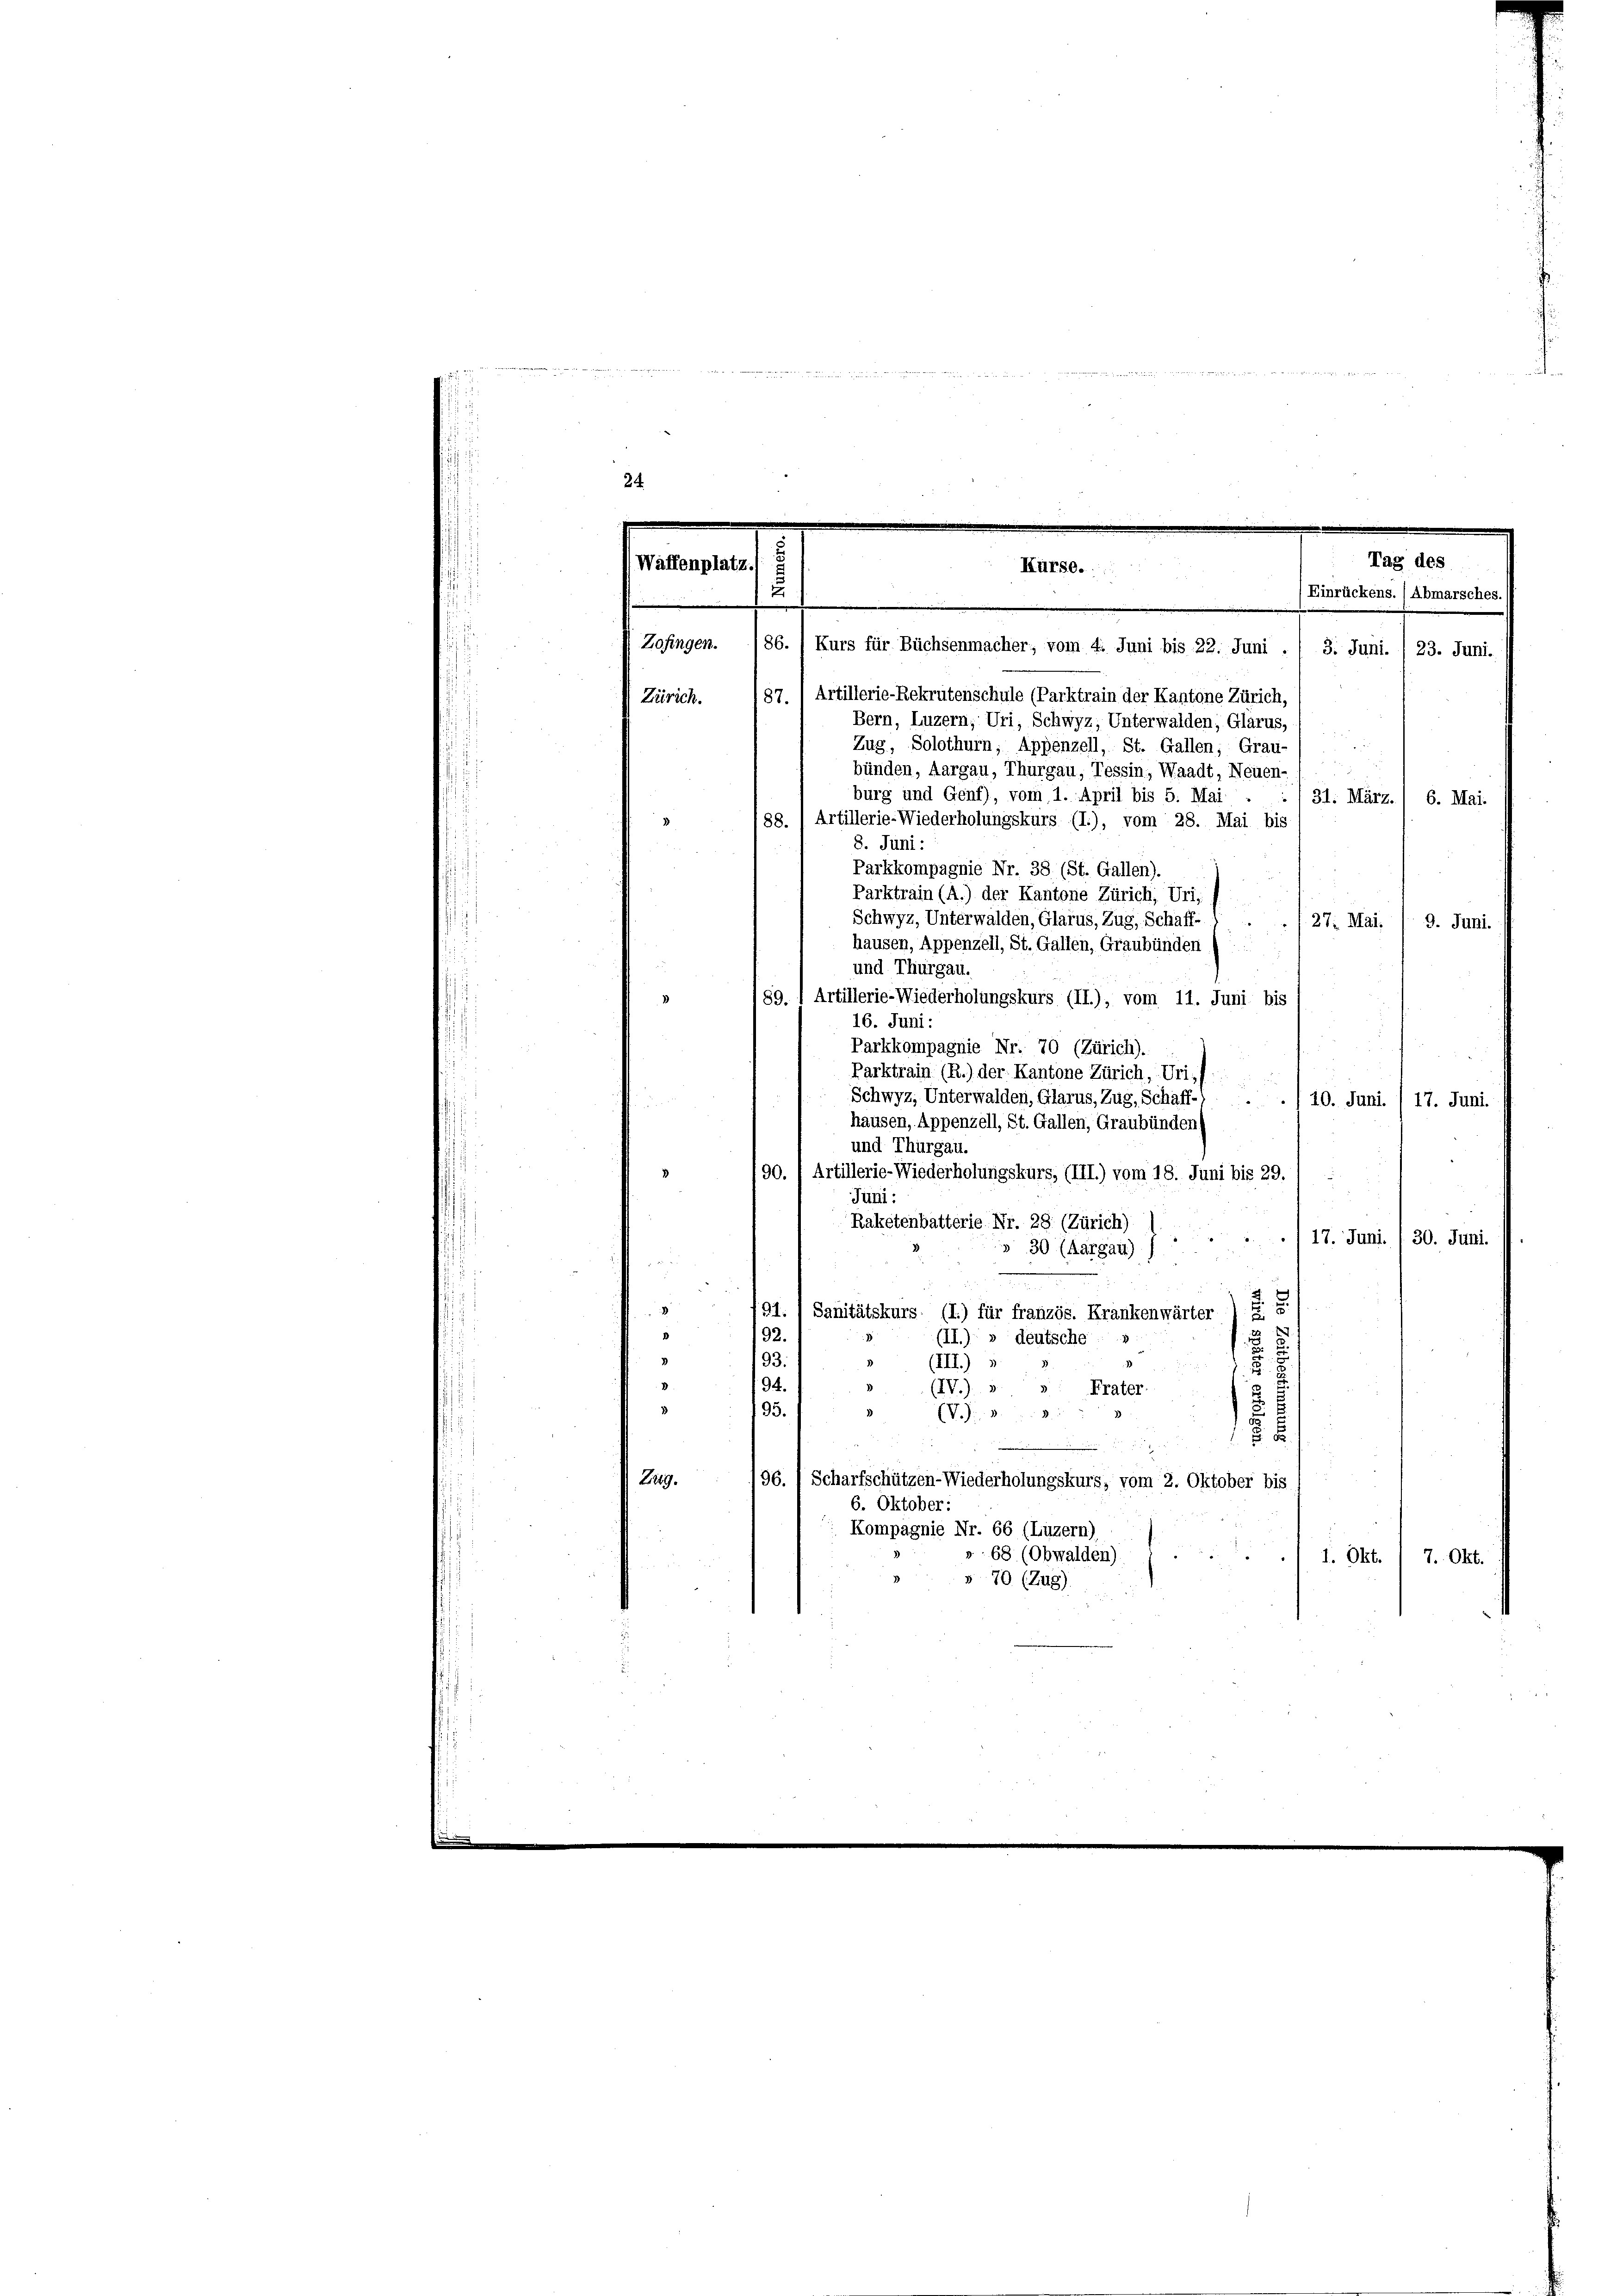
24

187. / Artillerie-Rekrutenschule (Parktrain der Kantone Zürich,
Bern, Luzern, Uri, Schwyz, Unterwalden, Glarus,
Zug, Solothurn, Appenzell, St. Gallen; Grau-
bünden, Aargau, Thurgau, Tessin, Waadt, Neuen-
burg und Genf), vom 1. April bis 5. Mai
31. März. 6. Mai.
ss.) Artillerie-Wiederholungskurs (I.), vom 28. Mai bis
8. Juni:
Parkkompagnie Nr. 38. (St. Gallen).
Parktrain (A.) der Kantone Zürich, Uri,
Schwyz, Unterwalden, Glarus, Zug, Schaff-
27. Mai. / 9. Juni.
hausen, Appenzell, St. Gallen, Graubünden /:
und Thurgau.
89. 1 Artillerie-Wiederholungskurs (II.), vom 11. Juni bis
16. Juni:
Parkkompagnie Nr. 70 (Zürich).
Parktrain (R.) der Kantone Zürich, Uri,  ..  ..
Schwyz, Unterwalden, Glarus, Zug, Schaff-) . . . 10. Juni / 17. Juni.
hausen, Appenzell, St. Gallen, Graubünden
und Thurgau.
190. (Artillerie-Wiederholungskurs, (III.) vom 18. Juni bis 29.
Juni:
Raketenbatterie Nr. 28: (Zürich)
117. Juni. , 30. Juni.
30 (Aargau)

.
d
.
91. 1 Sanitätskurs (I.) für französ. Krankenwärter
192
(II.) » deutsche
3
193
(III)
3
94.
)
(IV) 3
Frater.
95.
(V.J.
5
8
.
196.
Scharfschützen-Wiederholungskurs, vom 2. Oktober bis
Zug.
6. Oktober:
Kompagnie Nr. 66 (Luzern)
». 68 (Obwalden)
1. Okt. / 7. Okt.
§ 70 (Zug)

Zürich.
3

Tag des
Waffenplatz.
Kürse.
u
Einrückens. / Abmarsches.
Zofingen.
86.) Kurs für Büchsenmacher, vom 4. Juni bis 22. Juni ./ 3. Juni. , 23. Juni.